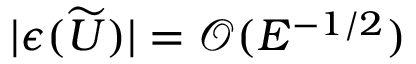
| \boldsymbol { \epsilon } ( \widetilde { \boldsymbol { U } } ) | = \mathcal { O } ( E ^ { - 1 / 2 } )